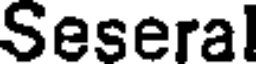
Seseral